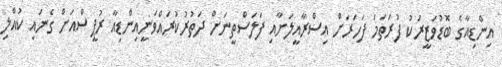
އިންޑިއާގެ ބޮޑުވަޒީރަކު ފުރަތަމަ ފަހަރަށް އިސްރާއީލަށާއި ފަލަސްތީނަށް ދަތުރުކުރައްވަނީއިންޑިއާ ރުޕީސްއަށް ގެނައި ކުއްލި